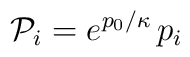
{\cal P}_{i}= e^{p_0/\kappa} \, p_i